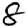
Digit: 8